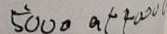
5 0 0 0 a + 4 0 0 0 0